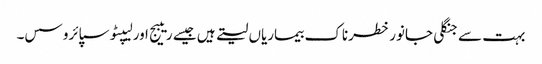
بہت سے جنگلی جانور خطرناک بیماریاں لیتے ہیں جیسے ریبیج اور لیپٹوسپائروسس۔